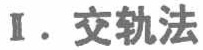
I. 交轨法